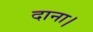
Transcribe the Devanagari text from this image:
दाना।